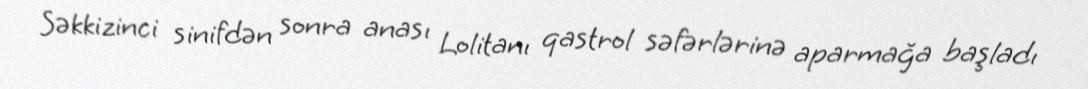
Səkkizinci sinifdən sonra anası Lolitanı qastrol səfərlərinə aparmağa başladı